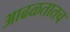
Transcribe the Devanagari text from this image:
आढळतातच